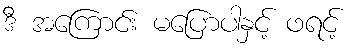
ဒီ အကြောင်း မပြောပါနှင့် ဖရင့်